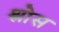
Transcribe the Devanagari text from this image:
श्लोस